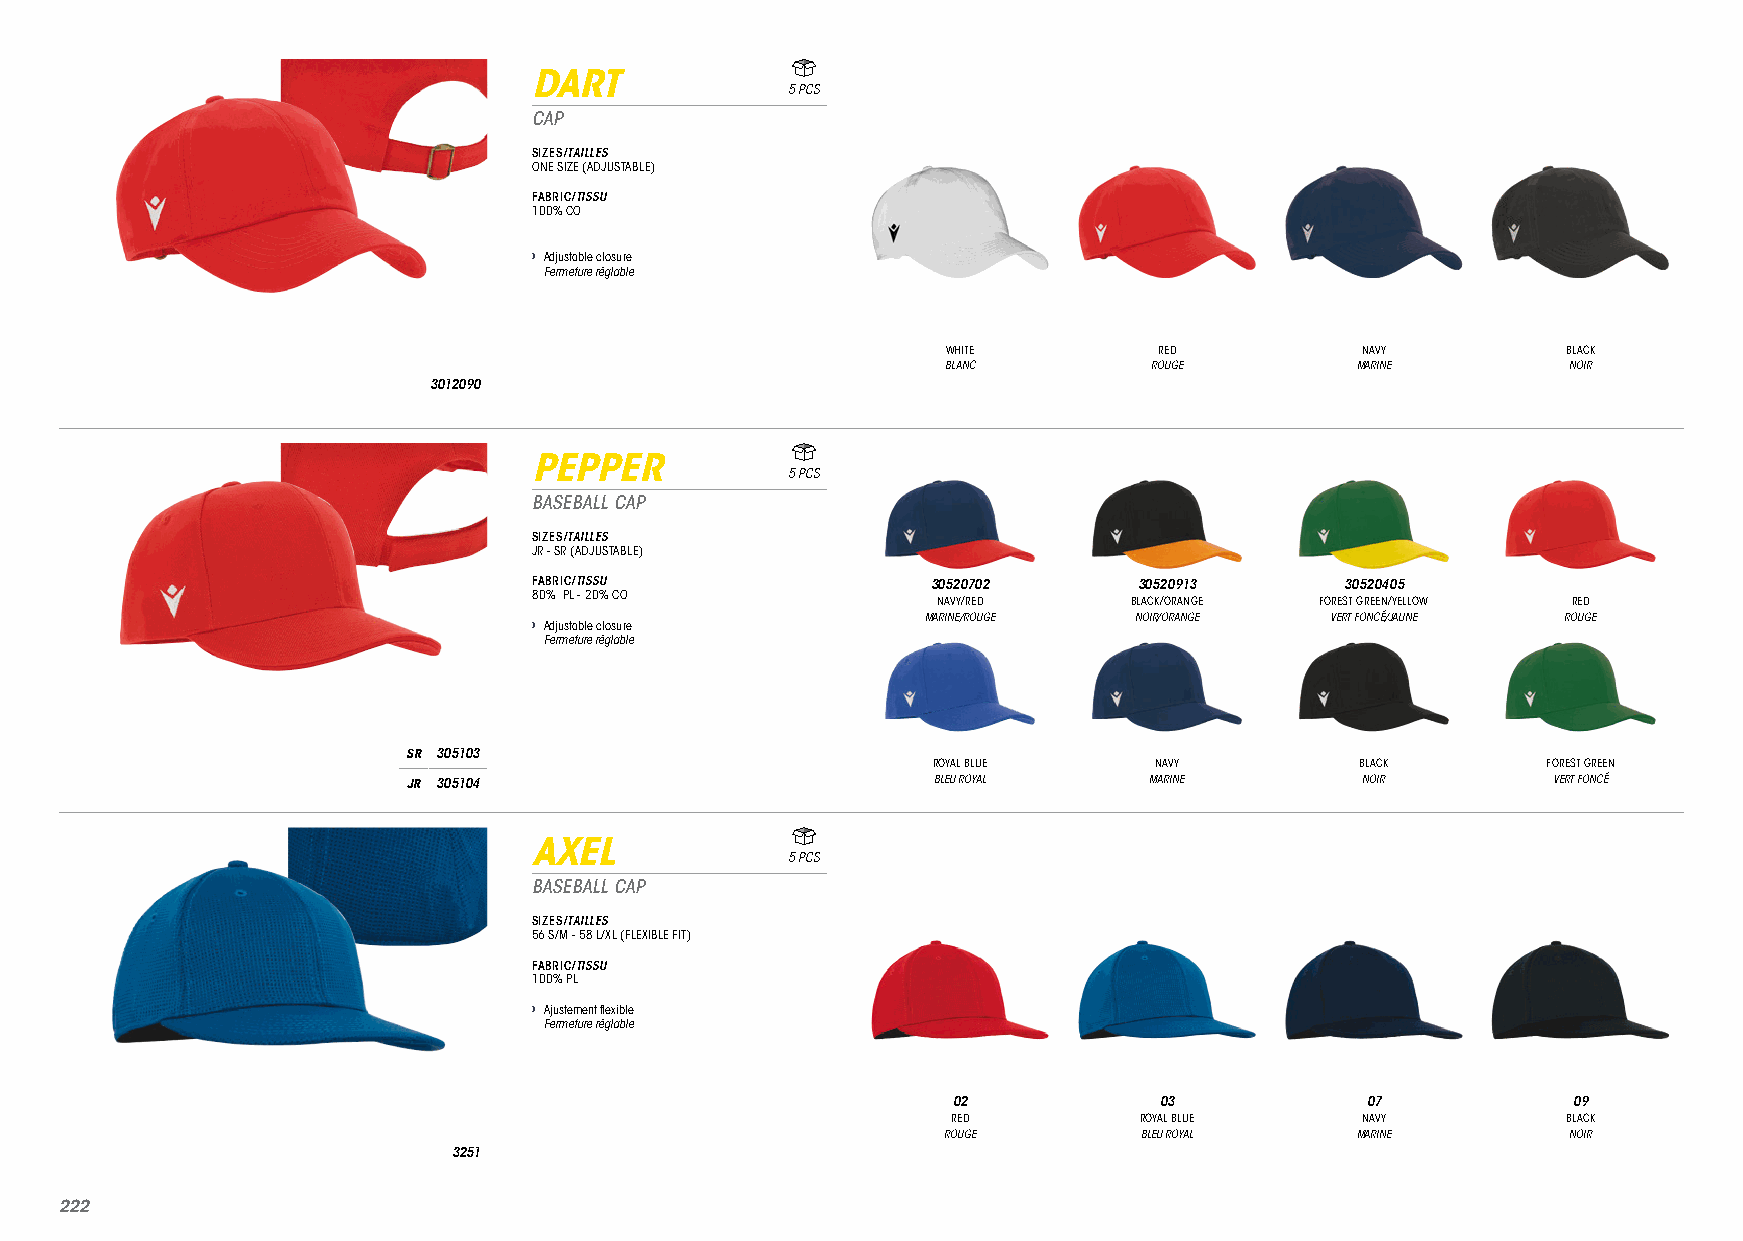
DART
 5 PCS
 CAP
 SIZES/TAILLES
 ONE SIZE (ADJUSTABLE)
 FABRIC/TISSU
 100% CO
 › Adjustable closure
 Fermeture réglable
 WHITE         RED          NAVY          BLACK
 BLANC        ROUGE         MARINE        NOIR
 3012090
 PEPPER
 5 PCS
 BASEBALL CAP
 SIZES/TAILLES
 JR - SR (ADJUSTABLE)
 FABRIC/TISSU               30520702     30520913      30520405
 80% PL - 20% CO
 NAVY/RED     BLACK/ORANGE FOREST GREEN/YELLOW RED
 › Adjustable closure      MARINE/ROUGE  NOIR/ORANGE  VERT FONCÉ/JAUNE ROUGE
 Fermeture réglable
 SR 305103
 ROYAL BLUE    NAVY          BLACK       FOREST GREEN
 JR 305104                          BLEU ROYAL    MARINE        NOIR         VERT FONCÉ
 AXEL
 5 PCS
 BASEBALL CAP
 SIZES/TAILLES
 56 S/M - 58 L/XL (FLEXIBLE FIT)
 FABRIC/TISSU
 100% PL
 › Ajustement flexible
 Fermeture réglable
 02            03           07            09
 RED         ROYAL BLUE     NAVY          BLACK
 ROUGE        BLEU ROYAL     MARINE        NOIR
 3251
 222222